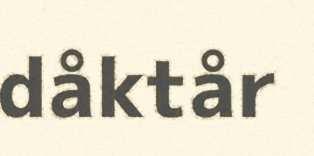
dåktår